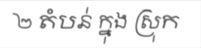
២ តំបន់ ក្នុង ស្រុក